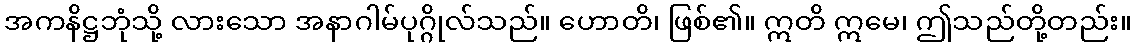
အကနိဋ္ဌဘုံသို့ လားသော အနာဂါမ်ပုဂ္ဂိုလ်သည်။ ဟောတိ၊ ဖြစ်၏။ ဣတိ ဣမေ၊ ဤသည်တို့တည်း။